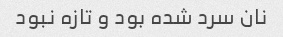
نان سرد شده بود و تازه نبود